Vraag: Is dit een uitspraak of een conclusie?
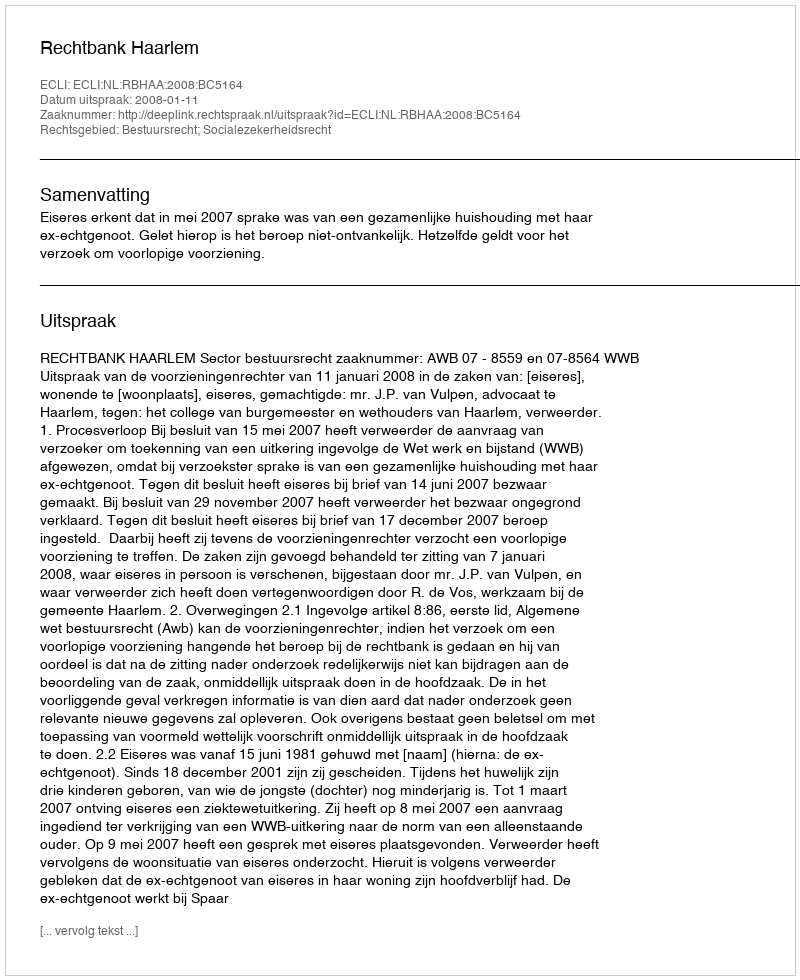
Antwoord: Uitspraak